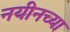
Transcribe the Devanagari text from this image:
नयीनच्या